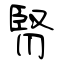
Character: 腎